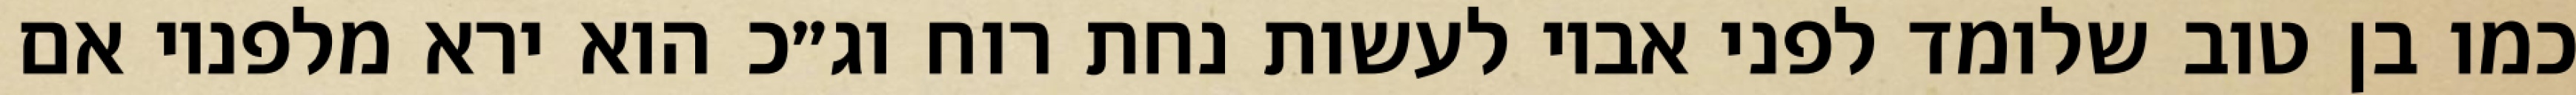
כמו בן טוב שלומד לפני אביו לעשות נחת רוח וג״כ הוא ירא מלפניו אם